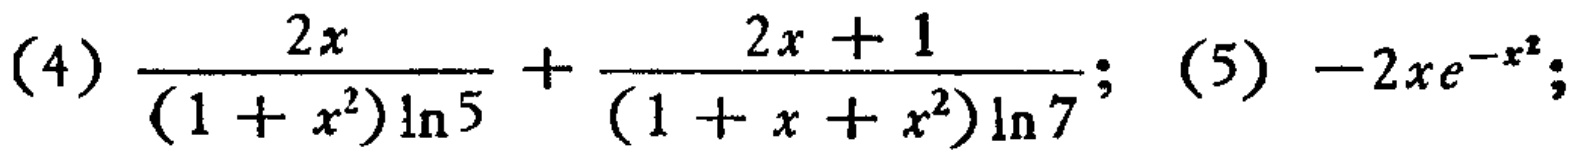
(4) \(\frac{2x}{(1 + x^{2})\ln 5}+\frac{2x + 1}{(1 + x + x^{2})\ln 7}\); (5) \(-2xe^{-x^{2}}\)